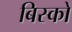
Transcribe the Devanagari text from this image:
बिस्को